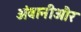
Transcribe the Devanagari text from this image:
अंबानीऔर